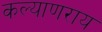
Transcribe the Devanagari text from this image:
कल्याणराय